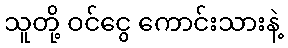
သူတို့ ဝင်ငွေ ကောင်းသားနဲ့